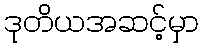
ဒုတိယအဆင့်မှာ